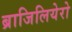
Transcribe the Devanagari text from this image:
ब्राजिलियेरो